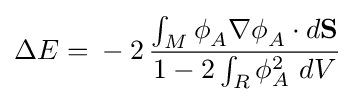
\Delta E={}-2\,{\frac {\int _{M}\phi _{A}^{}\mathbf {\nabla } \phi _{A}^{}\cdot d{\mathbf {S} }}{1-2\int _{R}\phi _{A}^{2}~dV}}